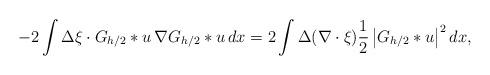
LaTeX: \begin{align*}- 2\int \Delta \xi \cdot G_{h/2} \ast u \,\nabla G_{h/2} \ast u\,dx = 2\int \Delta (\nabla \cdot \xi ) \frac12 \left|G_{h/2}\ast u\right|^2 dx,\end{align*}